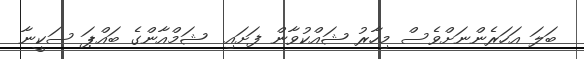
ބަލަ އަހަރެންނަށްވެސް މިހާރު ޝައްކުވާން ފަށައި  ޝަމްއާންގެ ބައްޕަ ސަކީނާ